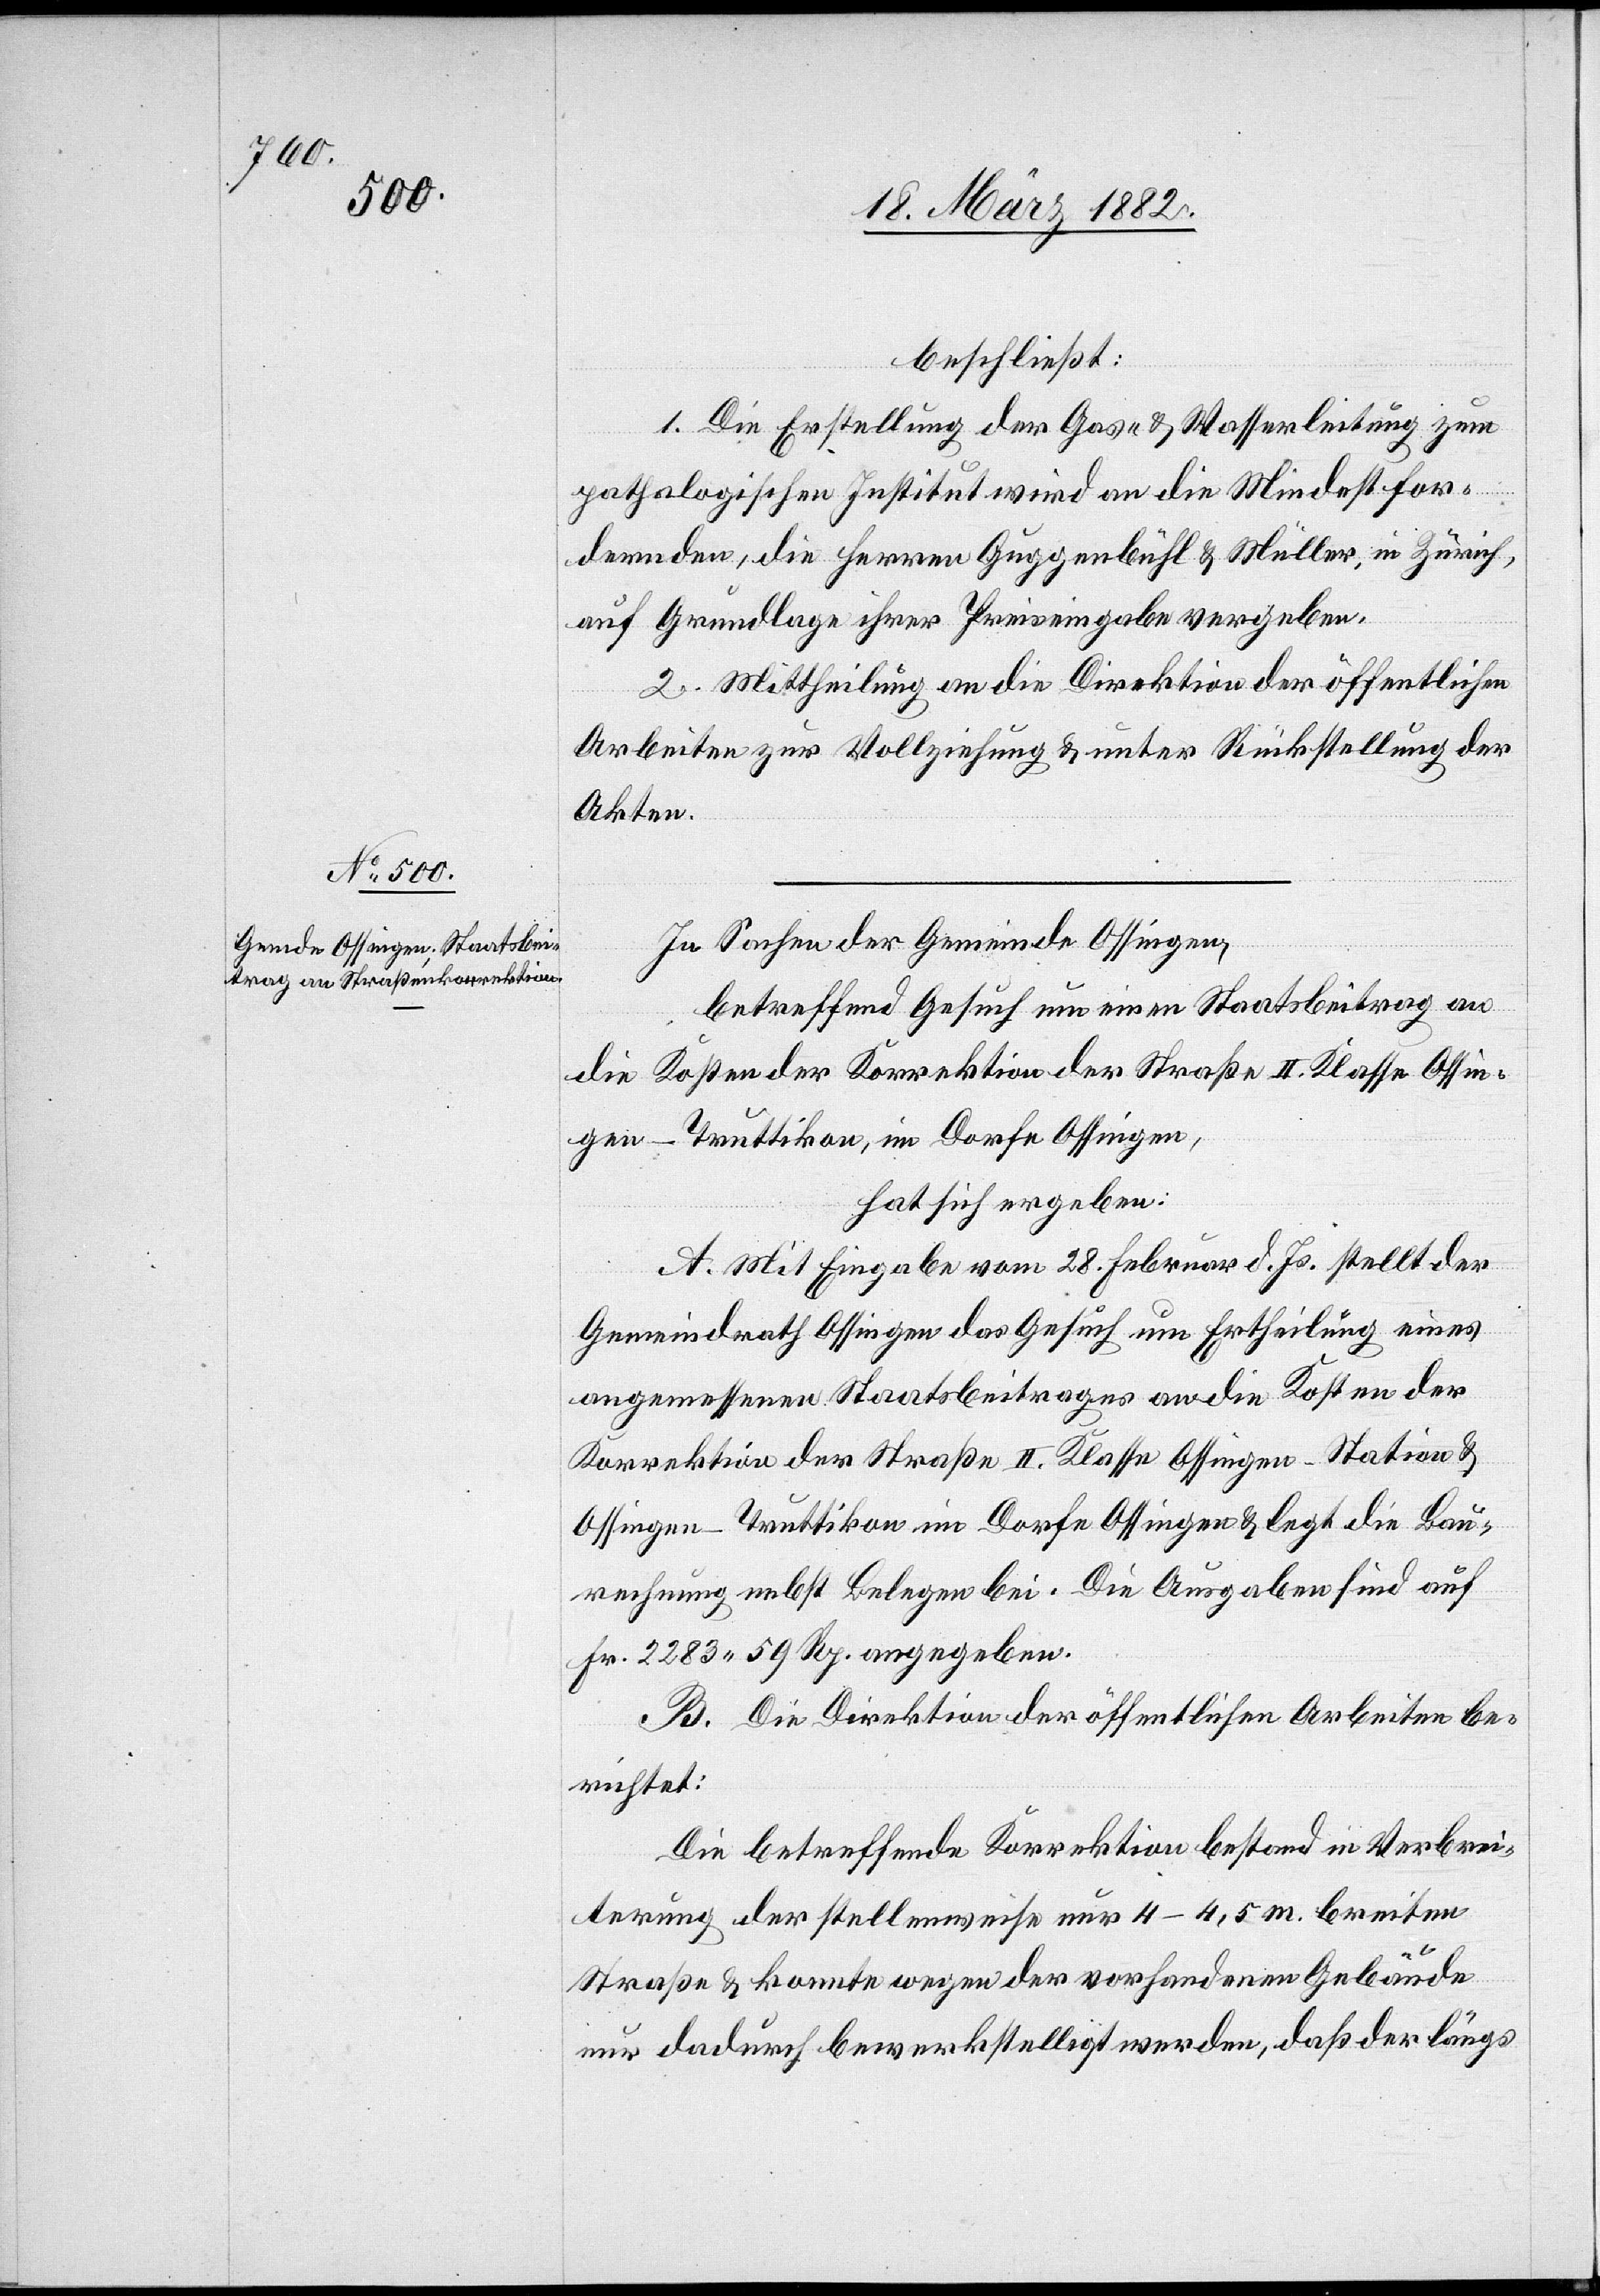
beschließt:
1. Die Erstellung der Gas- & Wasserleitung zum
pathologischen Institut wird an die Mindestfor¬
dernden, die Herren Guggenbühl & Müller, in Zürich,
auf Grundlage ihrer Preiseingabe vergeben.
2. Mittheilung an die Direktion der öffentlichen
Arbeiten zur Vollziehung & unter Rückstellung der
Akten.
In Sachen der Gemeinde Ossingen,
betreffend Gesuch um einen Staatsbeitrag an
die Kosten der Korrektion der Straße II. Klasse Ossin¬
gen–Truttikon, im Dorfe Ossingen,
hat sich ergeben:
A. Mit Eingabe vom 28. Februar d. Js. stellt der
Gemeindrath Ossingen das Gesuch um Ertheilung eines
angemessenen Staatsbeitrages an die Kosten der
Korrektion der Straße II. Klasse Ossingen–Station &
Ossingen–Truttikon im Dorfe Ossingen & legt die Bau¬
rechnung nebst Belegen bei. Die Ausgaben sind auf
Fr. 2283 50 Rp. angegeben.
B. Die Direktion der öffentlichen Arbeiten be¬
richtet:
Die betreffende Korrektion bestand in Verbrei¬
terung der stellenweise nur 4–4,5 m breiten
Straße & konnte wegen der vorhandenen Gebäude
nur dadurch bewerkstelligt werden, daß der längs